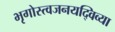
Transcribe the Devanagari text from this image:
भृगोस्त्वजनयद्विव्या